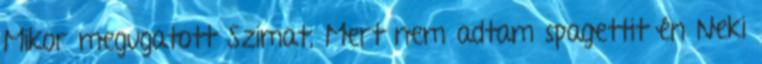
Mikor megugatott Szimat, Mert nem adtam spagettit én Neki